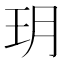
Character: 玥